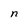
Character: n